Scottish Leaving Certificate Examination, 1958
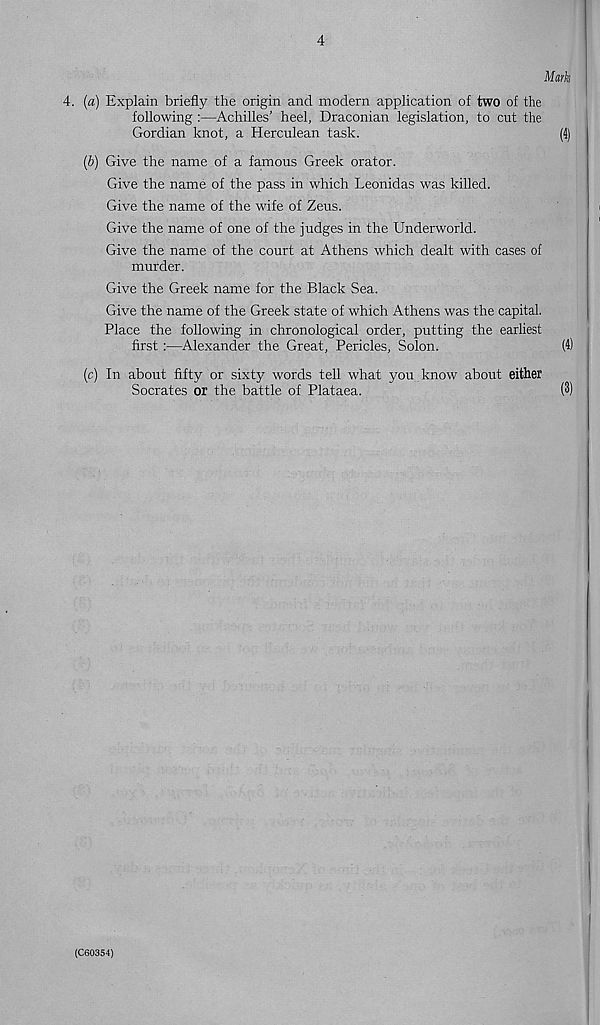
4
Mark
4. (a) Explain briefly the origin and modern application of two of the
following :—Achilles’ heel, Draconian legislation, to cut the
Gordian knot, a Herculean task.
(4)
(b) Give the name of a famous Greek orator.
Give the name of the pass in which Leonidas was killed.
Give the name of the wife of Zeus.
Give the name of one of the judges in the Underworld.
Give the name of the court at Athens which dealt with cases of
murder.
Give the Greek name for the Black Sea.
Give the name of the Greek state of which Athens was the capital.
Place the following in chronological order, putting the earliest
first :—Alexander the Great, Pericles, Solon.
(4)
(c) In about fifty or sixty words tell what you know about either
Socrates or the battle of Plataea.
(3)
(C60354)